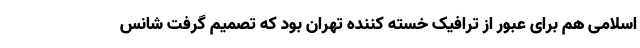
اسلامی هم برای عبور از ترافیک خسته کننده تهران بود که تصمیم گرفت شانس